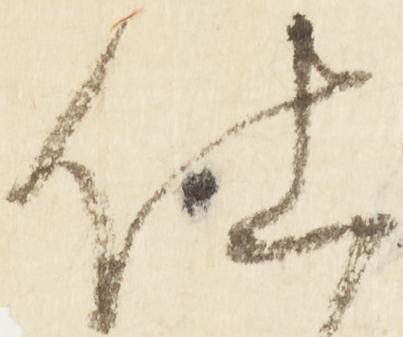
仕